画像に写った文字を読んでください
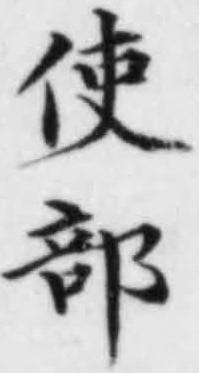
「使部」と書いてあります